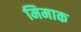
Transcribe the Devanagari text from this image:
मिमाक